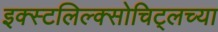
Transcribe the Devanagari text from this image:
इक्स्टलिल्क्सोचिट्लच्या